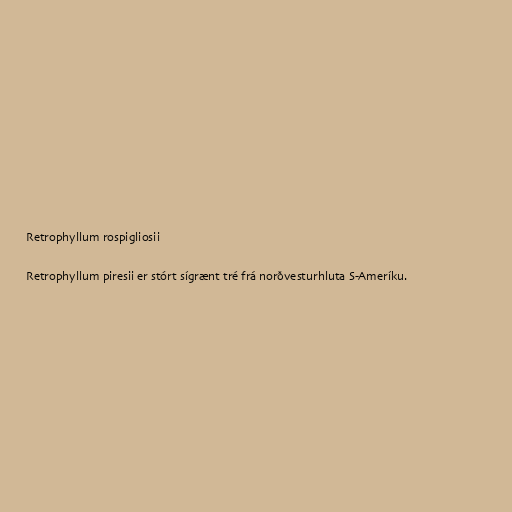
Retrophyllum rospigliosii

Retrophyllum piresii er stórt sígrænt tré frá norðvesturhluta S-Ameríku.